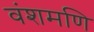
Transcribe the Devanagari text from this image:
वंशमणि